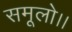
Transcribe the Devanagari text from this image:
समूलो।।